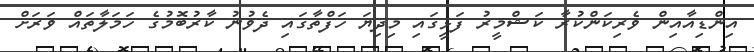
އިންޑިއާއިން ވެރިކަންކުރާ ކަޝްމީރު ފަޅީގައި މިދިޔަ ހަފްތާގައި ދެވުނު ކާރުބޮމުގެ ހަމަލާތައް ވަރަށް